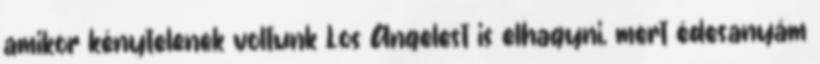
amikor kénytelenek voltunk Los Angelest is elhagyni, mert édesanyám